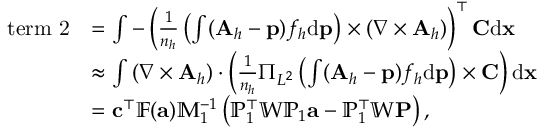
\begin{array} { r l } { \mathrm { t e r m ~ 2 } } & { = \int - \left( \frac { 1 } { n _ { h } } \left( \int ( { \mathbf A } _ { h } - { \mathbf p } ) f _ { h } \mathrm { d } { \mathbf p } \right) \times ( \nabla \times { \mathbf A } _ { h } ) \right) ^ { \top } { \mathbf C } \mathrm { d } { \mathbf x } } \\ & { \approx \int \left( { \nabla } \times { \mathbf A } _ { h } \right) \cdot \left( \frac { 1 } { n _ { h } } \Pi _ { L ^ { 2 } } \left( \int ( { \mathbf A } _ { h } - { \mathbf p } ) f _ { h } \mathrm { d } { \mathbf p } \right) \times { \mathbf C } \right) \mathrm { d } { \mathbf x } } \\ & { = { \mathbf c } ^ { \top } \mathbb { F } ( { \mathbf a } ) \mathbb { M } _ { 1 } ^ { - 1 } \left( { \mathbb P } _ { 1 } ^ { \top } \mathbb { W } { \mathbb P } _ { 1 } { \mathbf a } - \mathbb { P } _ { 1 } ^ { \top } \mathbb { W } { \mathbf P } \right) , } \end{array}